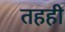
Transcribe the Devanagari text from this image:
तहही